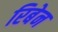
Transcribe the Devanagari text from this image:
रिबेन